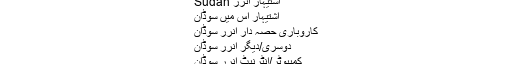
اشتیہار میں سوڈان
اشتیہار انرر Sudan
اشتیہار اس میں سوڈان
کاروباری حصہ دار انرر سوڈان
دوسری/دیگر انرر سوڈان
کمپیوٹر/انٹرنیٹ انرر سوڈان
SDG 50 / ماہانہ